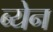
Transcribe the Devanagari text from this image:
ब्येन